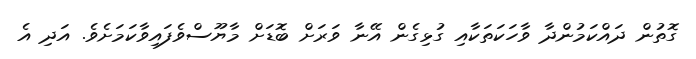
ގޮތުން ދައްކަމުންދާ ވާހަކަތަކާއި ގުޅިގެން އޭނާ ވަރަށް ބޮޑަށް މާޔޫސްވެފައިވާކަމަށެވެ. އަދި އެ